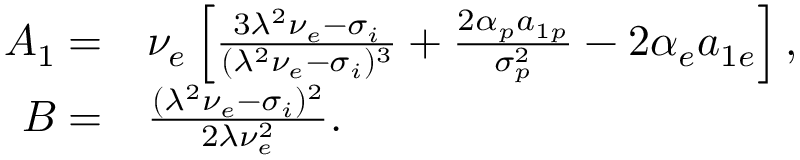
\begin{array} { r l } { A _ { 1 } = } & { { } \nu _ { e } \left[ \frac { 3 \lambda ^ { 2 } \nu _ { e } - \sigma _ { i } } { ( \lambda ^ { 2 } \nu _ { e } - \sigma _ { i } ) ^ { 3 } } + \frac { 2 \alpha _ { p } a _ { 1 p } } { \sigma _ { p } ^ { 2 } } - 2 \alpha _ { e } a _ { 1 e } \right] , } \\ { B = } & { { } \frac { ( \lambda ^ { 2 } \nu _ { e } - \sigma _ { i } ) ^ { 2 } } { 2 \lambda \nu _ { e } ^ { 2 } } . } \end{array}